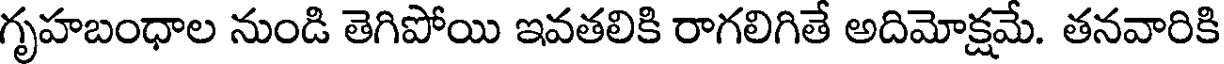
గృహబంధాల నుండి తెగిపోయి ఇవతలికి రాగలిగితే అదిమోక్షమే. తనవారికి